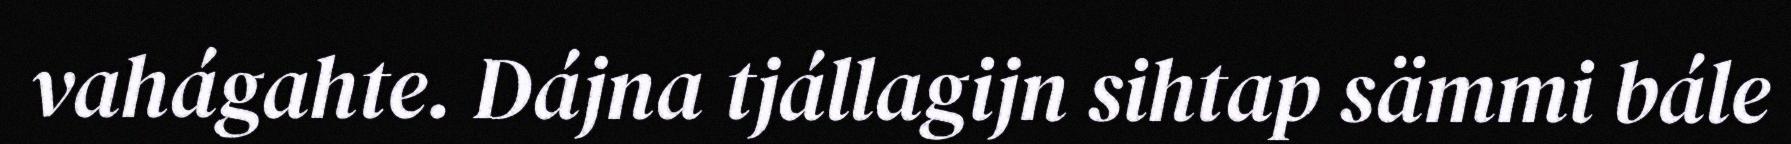
vahágahte. Dájna tjállagijn sihtap sämmi bále